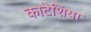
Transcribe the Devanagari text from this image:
काटेशिया